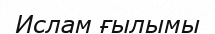
Ислам ғылымы